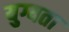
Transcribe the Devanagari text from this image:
युग्यता